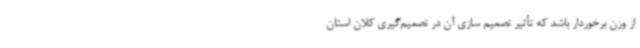
از وزن برخوردار باشد که تأثیر تصمیم سازی آن در تصمیم‌گیری کلان استان